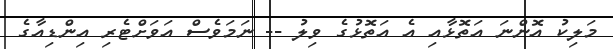
މަލިކު އޮންނަ އަތޮޅާއި އެ އަތޮޅުގެ ވިލު -- ނަމަވެސް އަވަށްޓެރި އިންޑިއާގެ